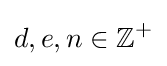
d,e,n\in \mathbb {Z} ^{+}